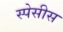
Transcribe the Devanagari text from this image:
स्पेसीस